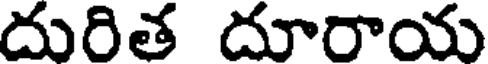
దురిత దూరాయ